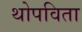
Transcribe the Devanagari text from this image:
थोपविता